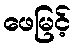
ဖေမြင့်